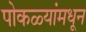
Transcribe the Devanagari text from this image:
पोकळ्यांमधून